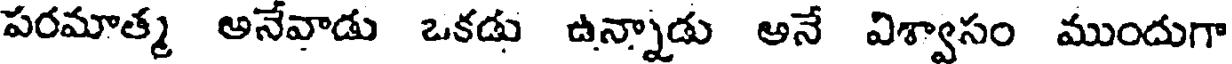
పరమాత్మ అనేవాడు ఒకడు ఉన్నాడు అనే విశ్వాసం ముందుగా